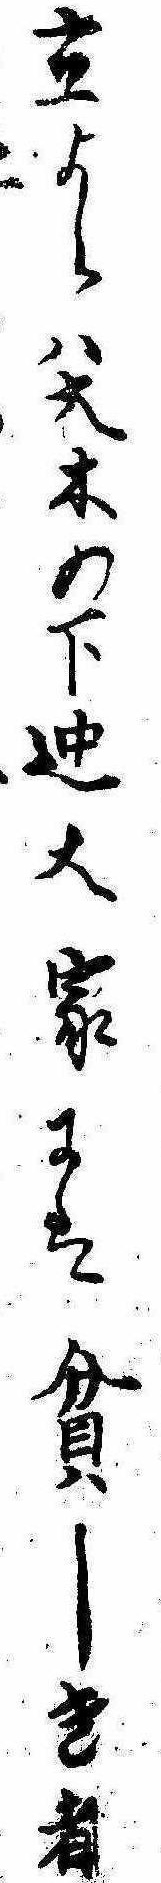
立よらは大木の下迚大家には貧しき者